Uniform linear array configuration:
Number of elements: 12
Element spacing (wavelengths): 0.75
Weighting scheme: blackman
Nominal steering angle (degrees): -30
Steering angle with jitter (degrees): -29.235
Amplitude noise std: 0.05
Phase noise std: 0.05

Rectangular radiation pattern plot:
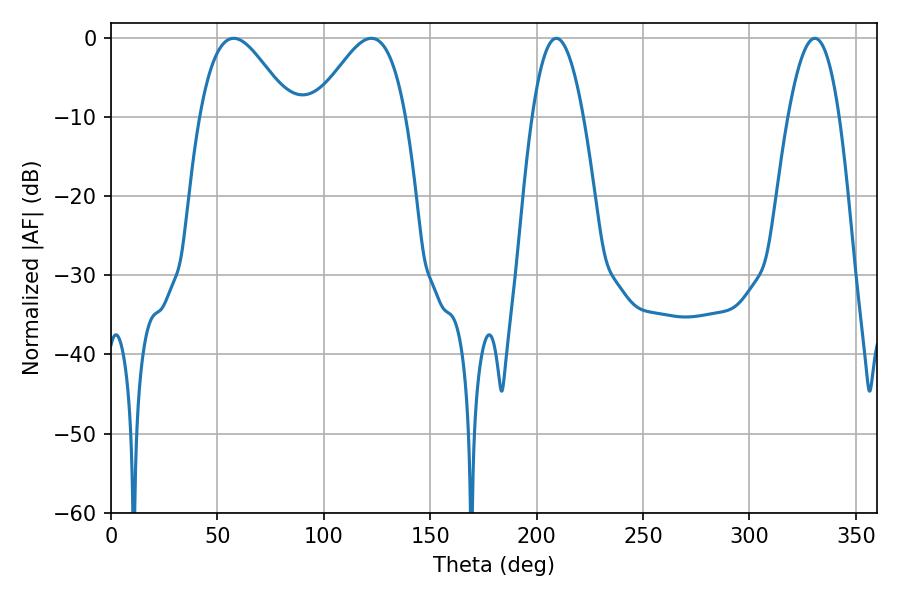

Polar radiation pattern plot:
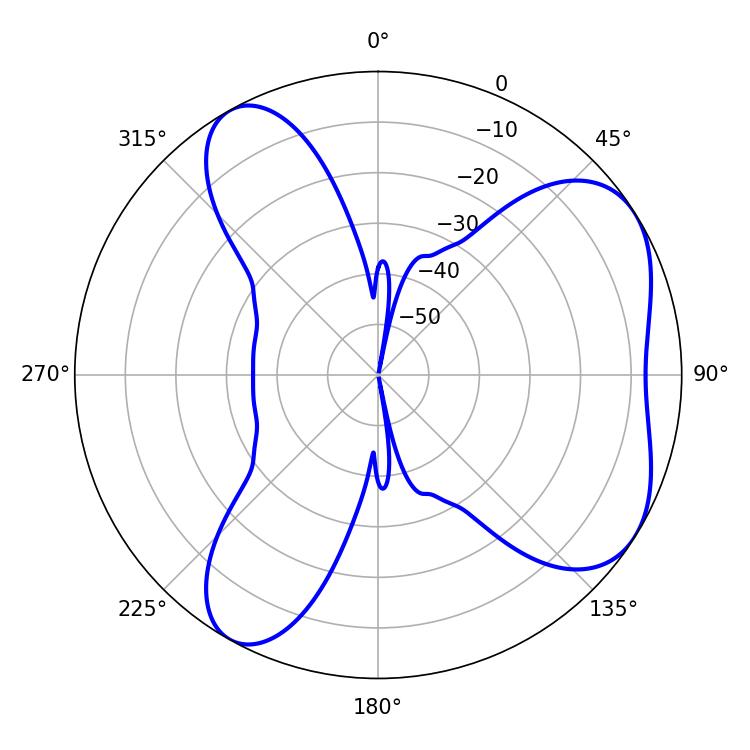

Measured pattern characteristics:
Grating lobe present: TRUE
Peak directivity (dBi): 5.68
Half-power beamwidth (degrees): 23.04
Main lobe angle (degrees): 57.6